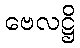
ဗေလဋ္ဌိ